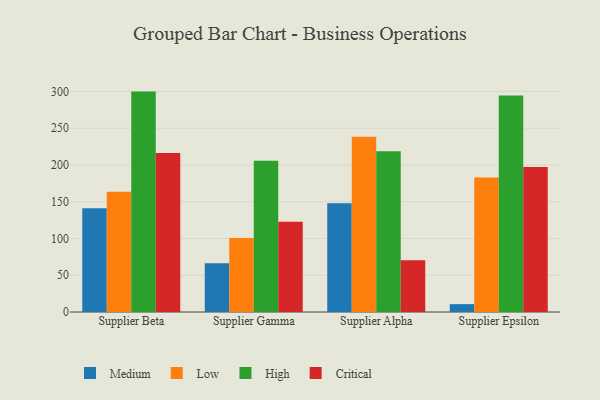
{"axis": {"x": "Supplier", "y": "Tickets Resolved"}, "legend": ["Critical", "High", "Low", "Medium"], "data": [{"x": "Supplier Beta", "y": 141.0, "type": "Medium"}, {"x": "Supplier Beta", "y": 163.6, "type": "Low"}, {"x": "Supplier Beta", "y": 299.8, "type": "High"}, {"x": "Supplier Beta", "y": 216.3, "type": "Critical"}, {"x": "Supplier Gamma", "y": 66.2, "type": "Medium"}, {"x": "Supplier Gamma", "y": 100.5, "type": "Low"}, {"x": "Supplier Gamma", "y": 205.8, "type": "High"}, {"x": "Supplier Gamma", "y": 122.8, "type": "Critical"}, {"x": "Supplier Alpha", "y": 147.9, "type": "Medium"}, {"x": "Supplier Alpha", "y": 238.5, "type": "Low"}, {"x": "Supplier Alpha", "y": 218.7, "type": "High"}, {"x": "Supplier Alpha", "y": 70.3, "type": "Critical"}, {"x": "Supplier Epsilon", "y": 10.7, "type": "Medium"}, {"x": "Supplier Epsilon", "y": 183.1, "type": "Low"}, {"x": "Supplier Epsilon", "y": 294.4, "type": "High"}, {"x": "Supplier Epsilon", "y": 197.4, "type": "Critical"}]}